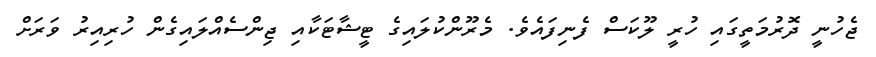
ޖެހުނީ ދޮރުމަތީގައި ހުރީ ލޫކަސް ފެނިފައެވެ. މެރޫންކުލައިގެ ޓީޝާޓަކާއި ޖިންސެއްލައިގެން ހުރިއިރު ވަރަށް